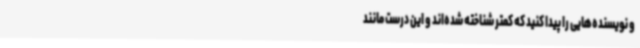
و نویسنده‌هایی را پیدا کنید که کمتر شناخته شده‌اند و این درست مانند